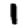
Digit: 1